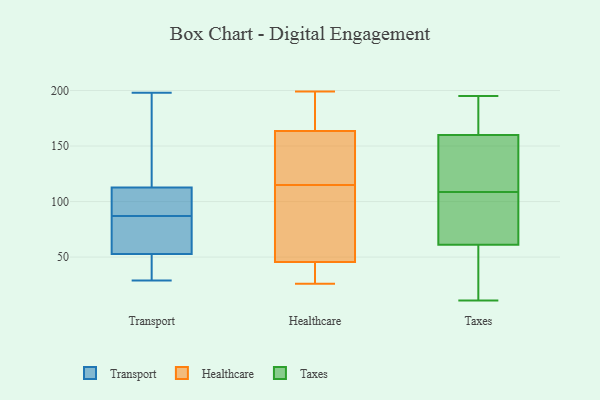
{"axis": {"x": "Energy Usage (MWh)", "y": "Value"}, "legend": ["Healthcare", "Taxes", "Transport"], "data": [{"x": "", "y": 115, "type": "Transport"}, {"x": "", "y": 125, "type": "Transport"}, {"x": "", "y": 106, "type": "Transport"}, {"x": "", "y": 31, "type": "Transport"}, {"x": "", "y": 87, "type": "Transport"}, {"x": "", "y": 47, "type": "Transport"}, {"x": "", "y": 198, "type": "Transport"}, {"x": "", "y": 70, "type": "Transport"}, {"x": "", "y": 79, "type": "Transport"}, {"x": "", "y": 29, "type": "Transport"}, {"x": "", "y": 92, "type": "Transport"}, {"x": "", "y": 150, "type": "Healthcare"}, {"x": "", "y": 32, "type": "Healthcare"}, {"x": "", "y": 171, "type": "Healthcare"}, {"x": "", "y": 117, "type": "Healthcare"}, {"x": "", "y": 44, "type": "Healthcare"}, {"x": "", "y": 56, "type": "Healthcare"}, {"x": "", "y": 165, "type": "Healthcare"}, {"x": "", "y": 199, "type": "Healthcare"}, {"x": "", "y": 61, "type": "Healthcare"}, {"x": "", "y": 31, "type": "Healthcare"}, {"x": "", "y": 26, "type": "Healthcare"}, {"x": "", "y": 186, "type": "Healthcare"}, {"x": "", "y": 66, "type": "Healthcare"}, {"x": "", "y": 146, "type": "Healthcare"}, {"x": "", "y": 50, "type": "Healthcare"}, {"x": "", "y": 174, "type": "Healthcare"}, {"x": "", "y": 115, "type": "Healthcare"}, {"x": "", "y": 29, "type": "Healthcare"}, {"x": "", "y": 159, "type": "Healthcare"}, {"x": "", "y": 174, "type": "Taxes"}, {"x": "", "y": 195, "type": "Taxes"}, {"x": "", "y": 155, "type": "Taxes"}, {"x": "", "y": 160, "type": "Taxes"}, {"x": "", "y": 162, "type": "Taxes"}, {"x": "", "y": 95, "type": "Taxes"}, {"x": "", "y": 11, "type": "Taxes"}, {"x": "", "y": 91, "type": "Taxes"}, {"x": "", "y": 29, "type": "Taxes"}, {"x": "", "y": 15, "type": "Taxes"}, {"x": "", "y": 122, "type": "Taxes"}, {"x": "", "y": 91, "type": "Taxes"}, {"x": "", "y": 156, "type": "Taxes"}, {"x": "", "y": 61, "type": "Taxes"}]}